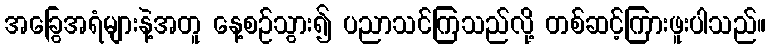
အခြွေအရံများနဲ့အတူ နေ့စဉ်သွား၍ ပညာသင်ကြသည်လို့ တစ်ဆင့်ကြားဖူးပါသည်။